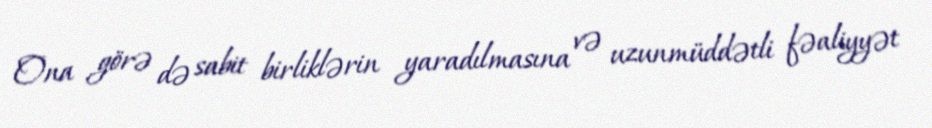
Ona görə də sabit birliklərin yaradılmasına və uzunmüddətli fəaliyyət